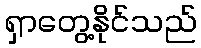
ရှာတွေ့နိုင်သည်